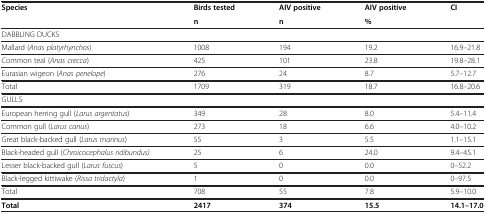
| Species | Birds tested | AIV positive | AIV positive | CI |
 |  | n | n | % |  |
 | --- | --- | --- | --- | --- |
 | DABBLING DUCKS |  |  |  |  |
 | Mallard (Anas platyrhynchos) | 1008 | 194 | 19.2 | 16.9–21.8 |
 | Common teal (Anas crecca) | 425 | 101 | 23.8 | 19.8–28.1 |
 | Eurasian wigeon (Anas penelope) | 276 | 24 | 8.7 | 5.7–12.7 |
 | Total | 1709 | 319 | 18.7 | 16.8–20.6 |
 | GULLS |  |  |  |  |
 | European herring gull (Larus argentatus) | 349 | 28 | 8.0 | 5.4–11.4 |
 | Common gull (Larus canus) | 273 | 18 | 6.6 | 4.0–10.2 |
 | Great black-backed gull (Larus marinus) | 55 | 3 | 5.5 | 1.1–15.1 |
 | Black-headed gull (Chroicocephalus ridibundus) | 25 | 6 | 24.0 | 9.4–45.1 |
 | Lesser black-backed gull (Larus fuscus) | 5 | 0 | 0.0 | 0–52.2 |
 | Black-legged kittiwake (Rissa tridactyla) | 1 | 0 | 0.0 | 0–97.5 |
 | Total | 708 | 55 | 7.8 | 5.9–10.0 |
 | Total | 2417 | 374 | 15.5 | 14.1–17.0 |